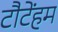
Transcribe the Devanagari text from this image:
टौटेंहम